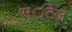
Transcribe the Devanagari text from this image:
स््टेज